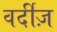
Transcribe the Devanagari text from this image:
वर्दीज़